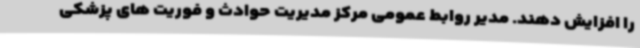
را افزایش دهند. مدیر روابط عمومی مرکز مدیریت حوادث و فوریت های پزشکی